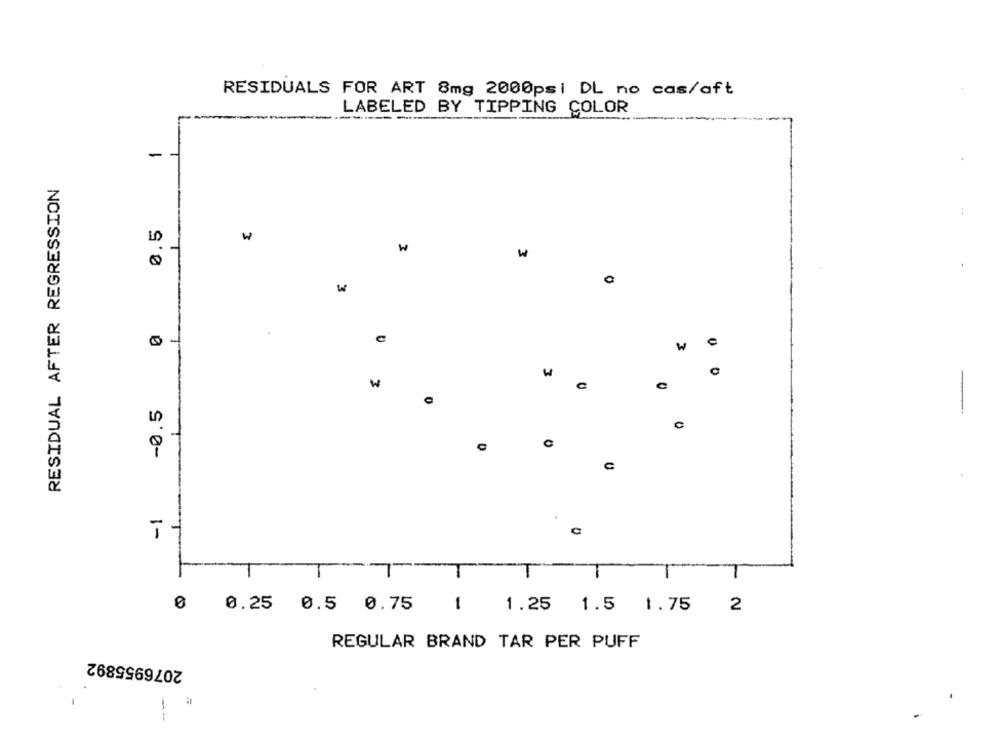
RESIDUALS FOR ART 8mg 2000psi DL no cas/aft
LABELED BY TIPPING COLOR
- -
RESIDUAL AFTER REGRESSION
0.5
w
w
0
-
w
w
c
-0.5
1-
1-
-
T
T
0
0.25 0.5 0.75
1
1.25 1.5 1.75
2
REGULAR BRAND TAR PER PUFF
2076955892
--